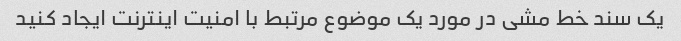
یک سند خط مشی در مورد یک موضوع مرتبط با امنیت اینترنت ایجاد کنید